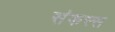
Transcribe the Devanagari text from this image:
संकस्स